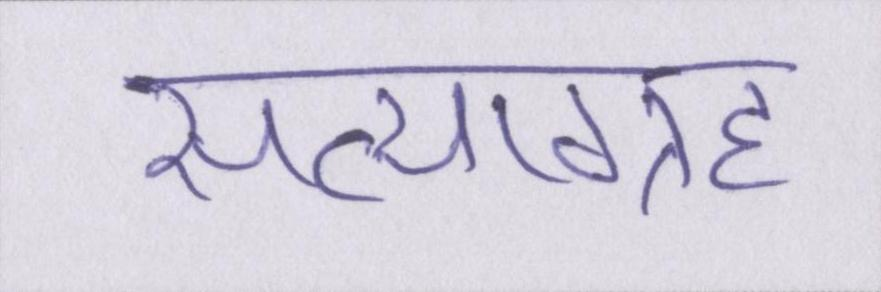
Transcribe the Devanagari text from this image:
सत्याग्रह